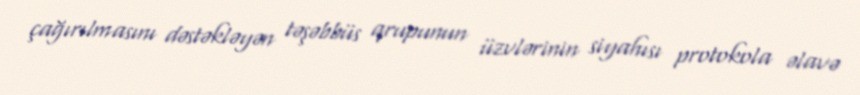
çağırılmasını dəstəkləyən təşəbbüs qrupunun üzvlərinin siyahısı protokola əlavə